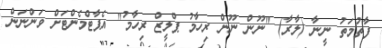
ފާތުމަތު ނީނާ (ލާރާ) "ނޫން ނޫން ރިހާމު ޕްލީޒް ރިހާމު" އެޕާޓްމެންޓަށް ވަންނަން